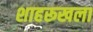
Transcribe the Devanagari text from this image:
शाहरूखला